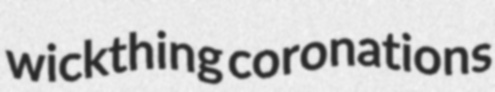
wickthing coronations